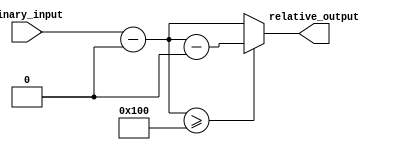
module RelativeEncoder #(
    parameter N = 8, // Number of bits for input
    parameter M = 8  // Number of bits for output (can be less than or equal to N)
)(
    input  [N-1:0] binary_input,  // N-bit binary input representing the current position
    output [M-1:0] relative_output  // M-bit output representing the relative position
);

    // Define the reference point (can be adjusted as needed)
    localparam [N-1:0] REF_POINT = 8'b00000000; // Example reference point (0)

    // Calculate the relative position
    wire [N-1:0] relative_position;
    assign relative_position = binary_input - REF_POINT;

    // Handle wrap-around conditions
    wire [N-1:0] wrap_around_position;
    assign wrap_around_position = (relative_position >= (1 << N)) ? (relative_position - (1 << N)) : relative_position;

    // Output encoding (assuming direct binary representation for simplicity)
    assign relative_output = (relative_position >= (1 << N)) ? wrap_around_position[M-1:0] : relative_position[M-1:0];

endmodule